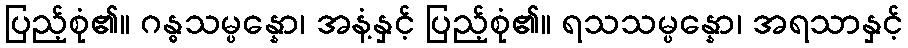
ပြည့်စုံ၏။ ဂန္ဓသမ္ပန္နော၊ အနံ့နှင့် ပြည့်စုံ၏။ ရသသမ္ပန္နော၊ အရသာနှင့်